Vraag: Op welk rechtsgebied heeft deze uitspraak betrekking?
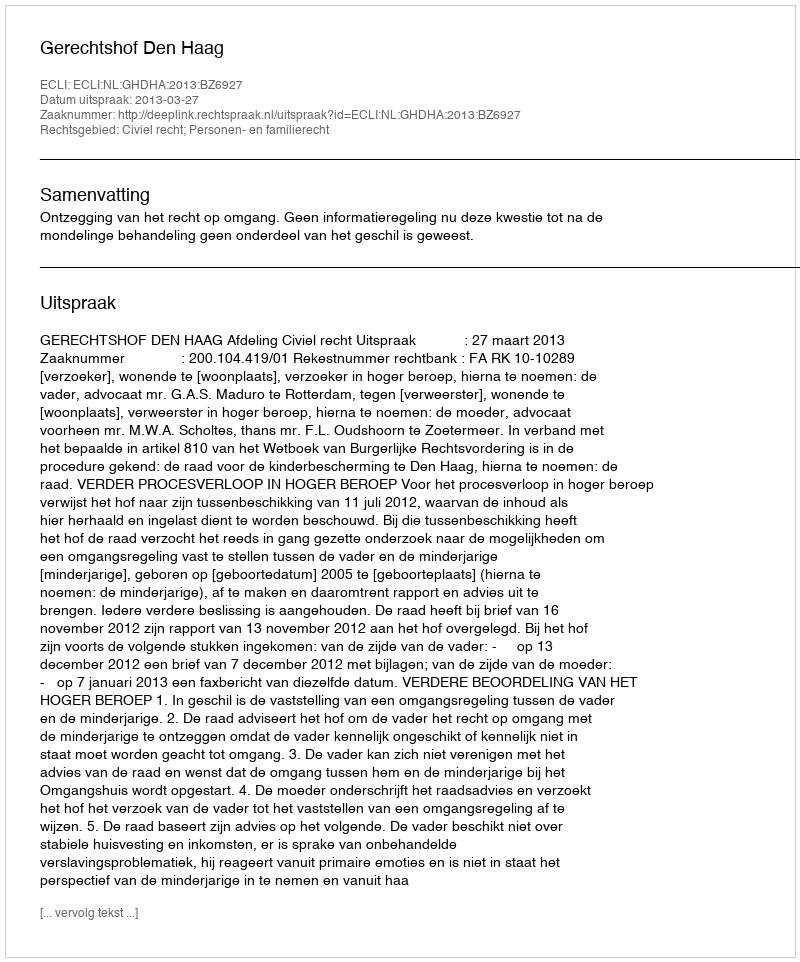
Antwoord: Civiel recht; Personen- en familierecht